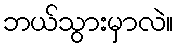
ဘယ်သွားမှာလဲ။